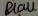
Text: Blau